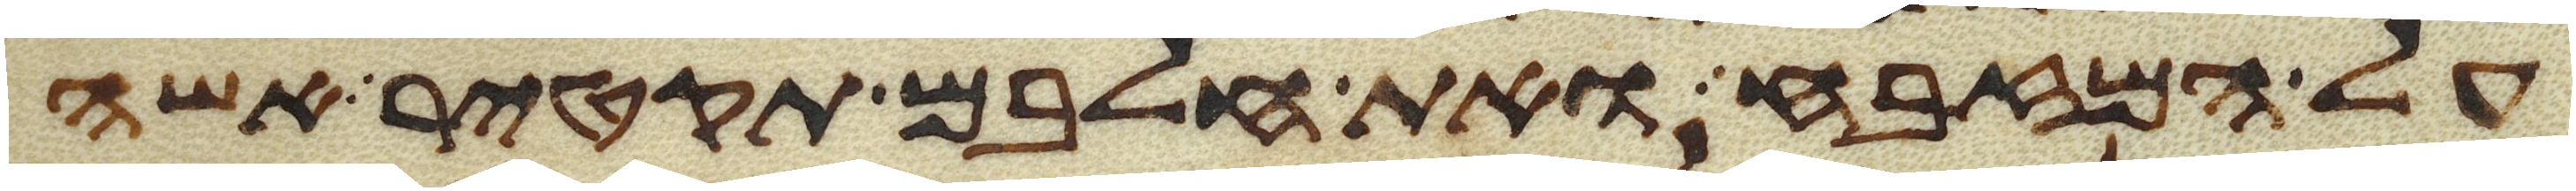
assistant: על המזבח ואת חלבם תקטיר אשה